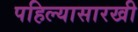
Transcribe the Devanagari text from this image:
पहिल्यासारखी